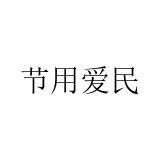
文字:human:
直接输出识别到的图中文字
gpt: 节用爱民